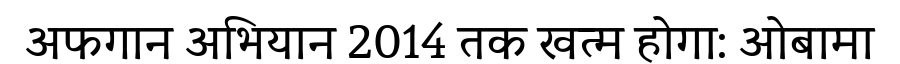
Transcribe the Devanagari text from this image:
अफगान अभियान 2014 तक खत्म होगा: ओबामा